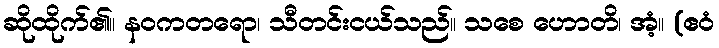
ဆိုထိုက်၏။ နဝကတရော၊ သီတင်းငယ်သည်။ သစေ ဟောတိ၊ အံ့။ (ဧဝံ